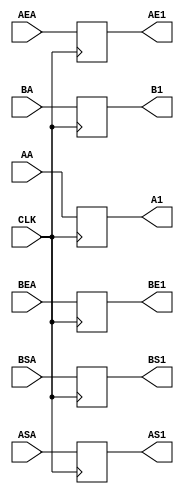
`timescale 1ns / 1ps
//////////////////////////////////////////////////////////////////////////////////
// Company: 
// Engineer: 
// 
// Design Name: 
// Module Name:    buf1 
// Project Name: 
// Target Devices: 
// Tool versions: 
// Description: 
//
// Dependencies: 
//
// Revision: 
// Revision 0.01 - File Created
// Additional Comments: 
//
//////////////////////////////////////////////////////////////////////////////////
module buf1(
    input [23:0] AA,
    input [23:0] BA,
    input [7:0] AEA,
    input [7:0] BEA,
    input ASA,
    input BSA,
	 input CLK,
    output reg [23:0] A1,
    output reg [23:0] B1,
    output reg [7:0] AE1,
    output reg [7:0] BE1,
    output reg AS1,
    output reg BS1
    );
always @(posedge CLK) begin
A1<=AA;
B1<=BA;
AE1<=AEA;
BE1<=BEA;
AS1<=ASA;
BS1<=BSA;
end
endmodule